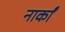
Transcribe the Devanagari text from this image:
नार्कां